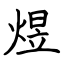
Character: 煜